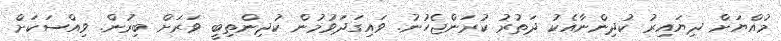
މުއްޔަށް ދިޔައިރު ކުދިންނާއެކު ދަތުރު ކުރަންޖެހުނު. ވައިގަދަވުމުން ކުދިންތިބީ ވަރަށް ބިރުން. ވިއްސަކަށް